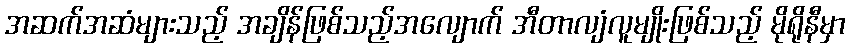
အဆက်အဆံများသည့် အချိန်ဖြစ်သည့်အလျောက် အီတာလျံလူမျိုးဖြစ်သည့် မိုရိုနီမှာ